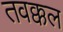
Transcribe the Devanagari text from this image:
तवक्कल